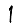
Digit: 1